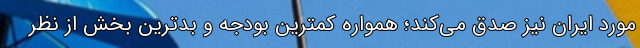
مورد ایران نیز صدق می‌کند؛ همواره کمترین بودجه و بدترین بخش از نظر